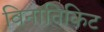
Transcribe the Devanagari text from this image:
विनातिकिट